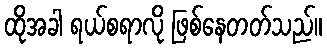
ထိုအခါ ရယ်စရာလို ဖြစ်နေတတ်သည်။